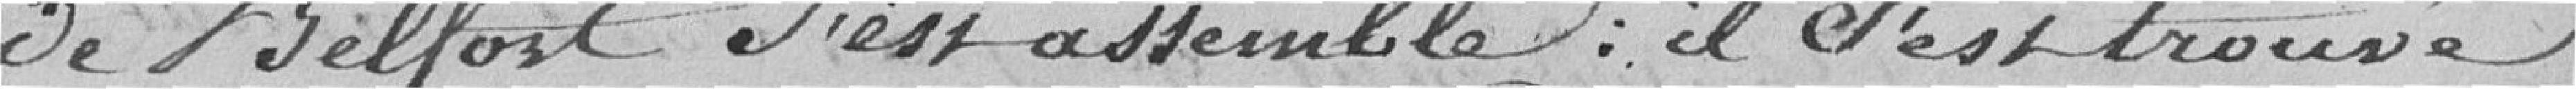
de Belfort. S'est assemblé : il s'est trouvé